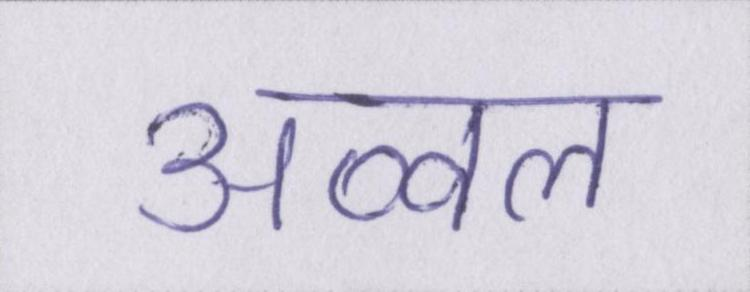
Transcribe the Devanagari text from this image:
अव्वल